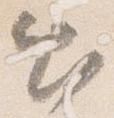
出